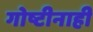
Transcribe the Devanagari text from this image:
गोष्टीनाही